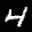
Label: 4